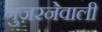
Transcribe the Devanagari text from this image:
गुज़रनेवाली